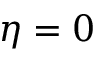
\eta = 0